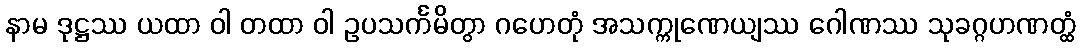
နာမ ဒုဋ္ဌဿ ယထာ ဝါ တထာ ဝါ ဥပသင်္ကမိတွာ ဂဟေတုံ အသက္ကုဏေယျဿ ဂေါဏဿ သုခဂ္ဂဟဏတ္ထံ